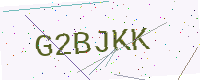
Text: G2BJKK